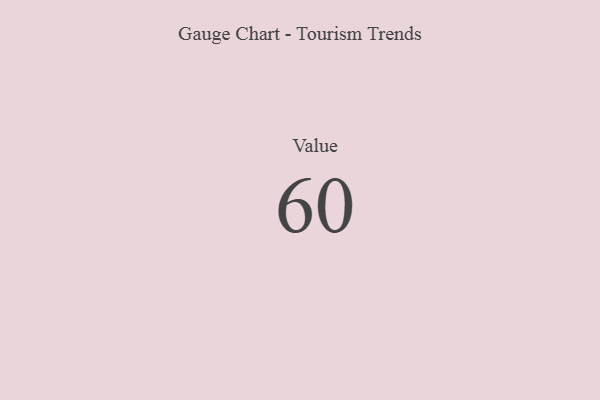
{"axis": {"x": "Metric", "y": "Value"}, "legend": [""], "data": [{"x": "Value", "y": 60, "type": ""}]}